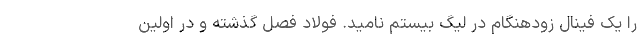
را یک فینال زودهنگام در لیگ بیستم نامید. فولاد فصل گذشته و در اولین